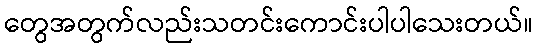
တွေအတွက်လည်းသတင်းကောင်းပါပါသေးတယ်။